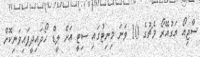
ސާޖިއޯ އަގުއޭރޯ މެޗުގެ 10 ވަނަ މިނިޓުގައި ސިޓީ އަށް ލީޑް ހޯދައިދީފައިވަނިކޮށް